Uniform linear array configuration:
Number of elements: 24
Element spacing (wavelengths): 0.25
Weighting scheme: binomial
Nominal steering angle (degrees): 60
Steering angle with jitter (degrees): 58.602
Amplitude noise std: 0.05
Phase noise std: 0.05

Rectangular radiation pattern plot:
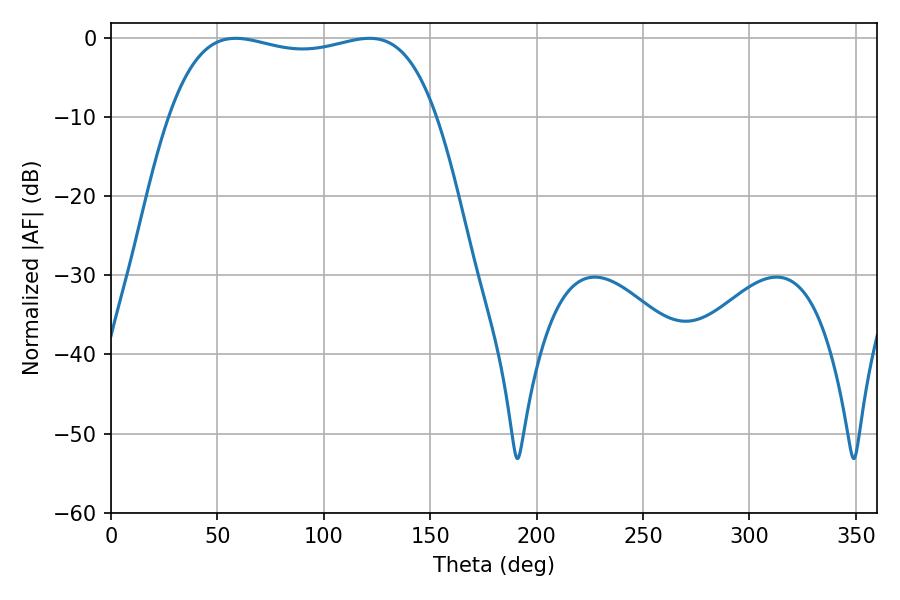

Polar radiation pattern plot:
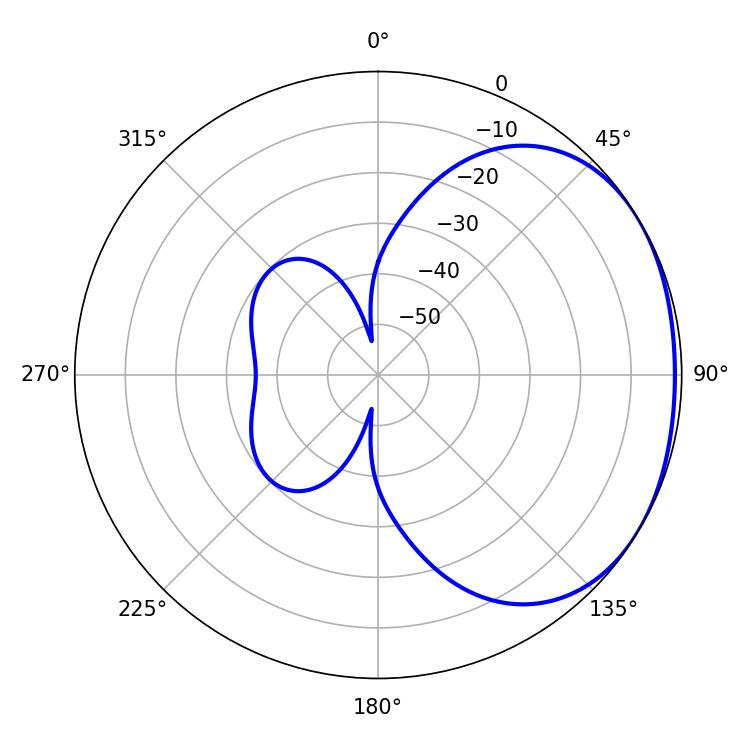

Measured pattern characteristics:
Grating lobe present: FALSE
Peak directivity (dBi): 1.606
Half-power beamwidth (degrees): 101.16
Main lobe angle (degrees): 58.5